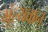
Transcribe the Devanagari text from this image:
मूंल्‍यवान